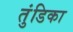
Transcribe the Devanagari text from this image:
तुंडिका